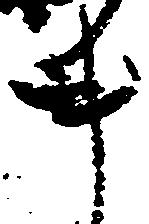
事